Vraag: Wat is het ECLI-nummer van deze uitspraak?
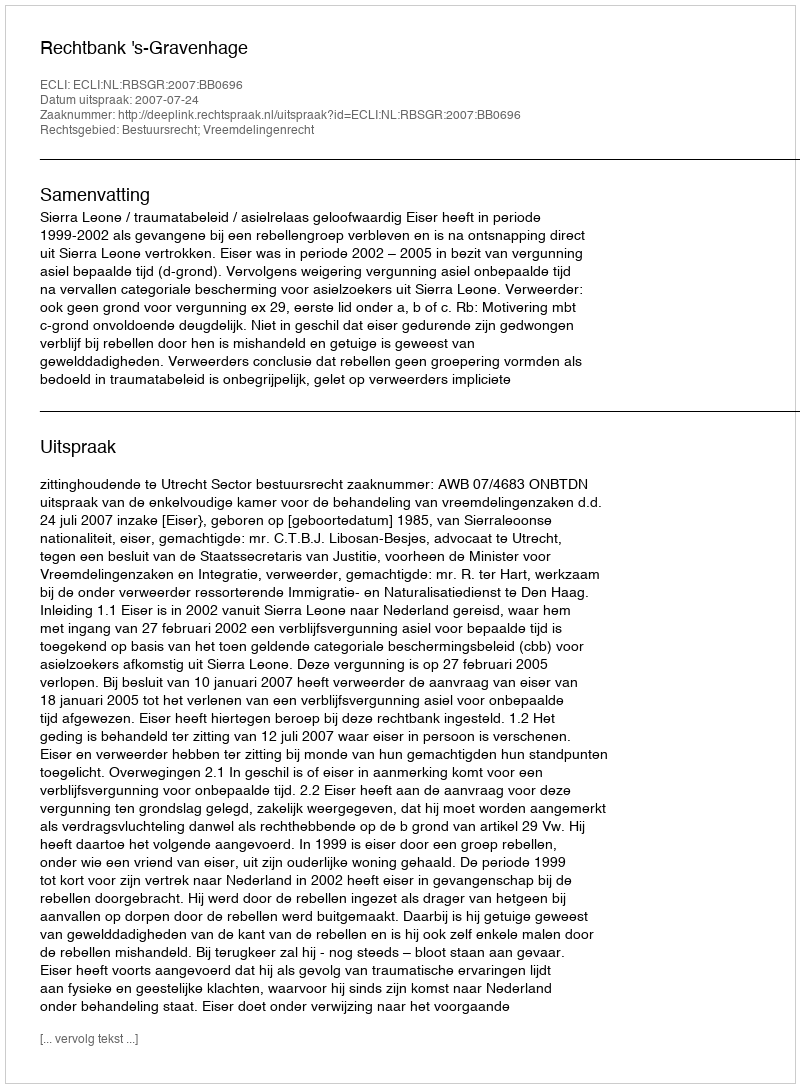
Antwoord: ECLI:NL:RBSGR:2007:BB0696